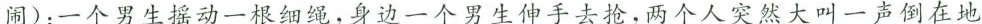
闹)：一个男生摇动一根细绳，身边一个男生伸手去抢，两个人突然大叫一声倒在地